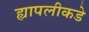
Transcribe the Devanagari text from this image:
ह्यापलीकडे